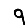
Digit: 9